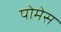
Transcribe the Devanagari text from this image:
पोमेस